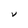
Character: V